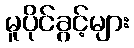
မူပိုင်ခွင့်များ